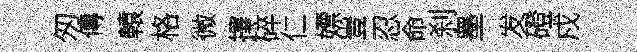
匆傳轅格微擇碎仁嫖豈忍命刹墨发磴戍